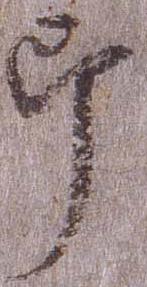
郎